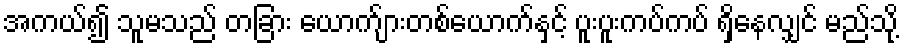
အကယ်၍ သူမသည် တခြား ယောက်ျားတစ်ယောက်နှင့် ပူးပူးကပ်ကပ် ရှိနေလျှင် မည်သို့